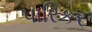
પારિકર